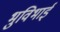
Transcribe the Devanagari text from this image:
भुविभाई